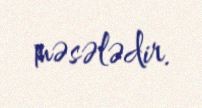
məsələdir.